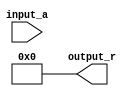
module BitwiseReciprocal #(
    parameter n = 16,                       // Bit-width of the input and output
    parameter MAX_ITER = 10                 // Maximum number of iterations
)(
    input  wire [n-1:0] input_a,           // Input: n-bit unsigned integer
    output reg  [n-1:0] output_r            // Output: n-bit reciprocal estimate
);

    reg [n-1:0] estimate;                   // Current estimate for the reciprocal
    reg [n-1:0] product;                    // Product of estimate and input_a
    integer i;                               // Iteration counter

    always @(*) begin
        // Initial estimate: 2^n (1 << n)
        estimate = 1 << n; 

        // Iterative refinement loop
        for (i = 0; i < MAX_ITER; i = i + 1) begin
            // Multiply estimate and input_a
            product = estimate * input_a;

            // Check if product is greater than or equal to 2^n (1 << n)
            if (product >= (1 << n)) begin
                // If product is greater, reduce estimate
                estimate = estimate >> 1; // Right shift (divide by 2)
            end else begin
                // If product is less, increase estimate
                estimate = estimate + (estimate >> 1); // Add half of the estimate
            end
        end

        // Finalize output
        output_r = estimate;
    end

endmodule